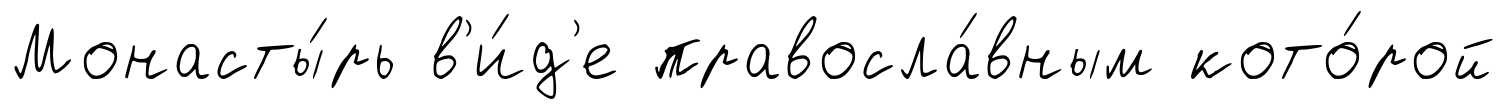
Монасты́рь в'и́д'е правосла́вным кото́рой